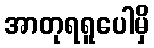
အာတုရရူပေါမှိ